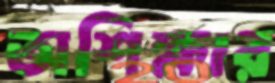
অশিক্ষার